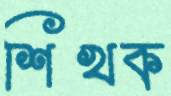
শিখক